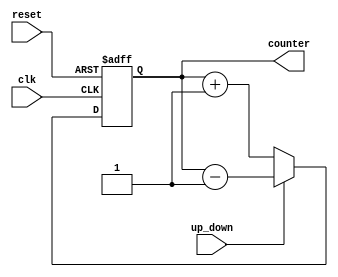
`timescale 1ns / 1ps
//////////////////////////////////////////////////////////////////////////////////
// Company: 
// Engineer: 
// 
// Design Name: 
// Module Name:    updown 
// Project Name: 
// Target Devices: 
// Tool versions: 
// Description: 
//
// Dependencies: 
//
// Revision: 
// Revision 0.01 - File Created
// Additional Comments: 
//
//////////////////////////////////////////////////////////////////////////////////
module UPDOWNCOUNTER(
input clk, reset,up_down, 
output[3:0]  counter
    );
reg [3:0] counter_up_down;

always @(posedge clk or posedge reset)
begin
if(reset)
 counter_up_down <= 4'h0;
else if(~up_down)
 counter_up_down <= counter_up_down + 4'd1;
else
 counter_up_down <= counter_up_down - 4'd1;
end 
assign counter = counter_up_down;
endmodule